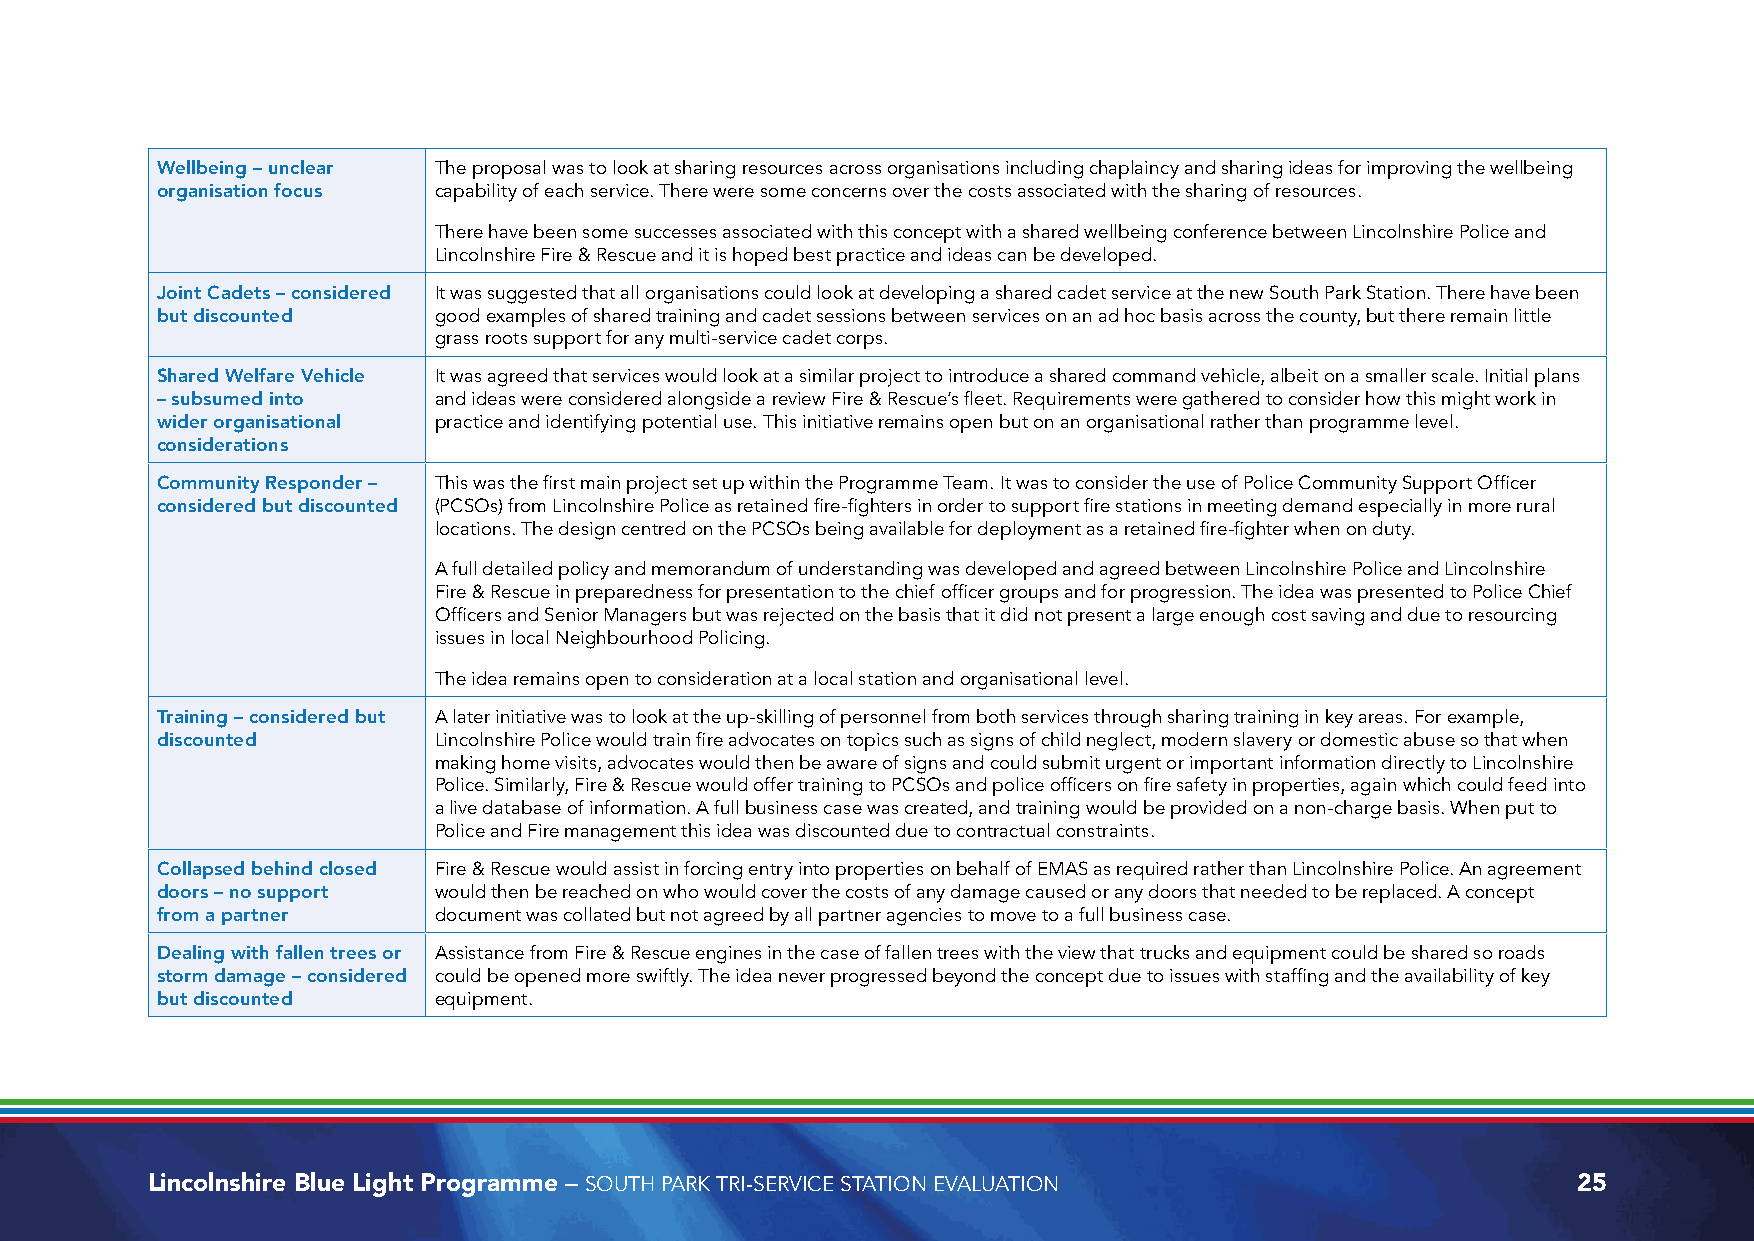
Wellbeing – unclear The proposal was to look at sharing resources across organisations including chaplaincy and sharing ideas for improving the wellbeing
 organisation focus capability of each service. There were some concerns over the costs associated with the sharing of resources.
 There have been some successes associated with this concept with a shared wellbeing conference between Lincolnshire Police and
 Lincolnshire Fire & Rescue and it is hoped best practice and ideas can be developed.
 Joint Cadets – considered It was suggested that all organisations could look at developing a shared cadet service at the new South Park Station. There have been
 but discounted     good examples of shared training and cadet sessions between services on an ad hoc basis across the county, but there remain little
 grass roots support for any multi-service cadet corps.
 Shared Welfare Vehicle It was agreed that services would look at a similar project to introduce a shared command vehicle, albeit on a smaller scale. Initial plans
 – subsumed into    and ideas were considered alongside a review Fire & Rescue’s fleet. Requirements were gathered to consider how this might work in
 wider organisational practice and identifying potential use. This initiative remains open but on an organisational rather than programme level.
 considerations
 Community Responder – This was the first main project set up within the Programme Team. It was to consider the use of Police Community Support Officer
 considered but discounted (PCSOs) from Lincolnshire Police as retained fire-fighters in order to support fire stations in meeting demand especially in more rural
 locations. The design centred on the PCSOs being available for deployment as a retained fire-fighter when on duty.
 A full detailed policy and memorandum of understanding was developed and agreed between Lincolnshire Police and Lincolnshire
 Fire & Rescue in preparedness for presentation to the chief officer groups and for progression. The idea was presented to Police Chief
 Officers and Senior Managers but was rejected on the basis that it did not present a large enough cost saving and due to resourcing
 issues in local Neighbourhood Policing.
 The idea remains open to consideration at a local station and organisational level.
 Training – considered but A later initiative was to look at the up-skilling of personnel from both services through sharing training in key areas. For example,
 discounted         Lincolnshire Police would train fire advocates on topics such as signs of child neglect, modern slavery or domestic abuse so that when
 making home visits, advocates would then be aware of signs and could submit urgent or important information directly to Lincolnshire
 Police. Similarly, Fire & Rescue would offer training to PCSOs and police officers on fire safety in properties, again which could feed into
 a live database of information. A full business case was created, and training would be provided on a non-charge basis. When put to
 Police and Fire management this idea was discounted due to contractual constraints.
 Collapsed behind closed Fire & Rescue would assist in forcing entry into properties on behalf of EMAS as required rather than Lincolnshire Police. An agreement
 doors – no support would then be reached on who would cover the costs of any damage caused or any doors that needed to be replaced. A concept
 from a partner     document was collated but not agreed by all partner agencies to move to a full business case.
 Dealing with fallen trees or Assistance from Fire & Rescue engines in the case of fallen trees with the view that trucks and equipment could be shared so roads
 storm damage – considered could be opened more swiftly. The idea never progressed beyond the concept due to issues with staffing and the availability of key
 but discounted     equipment.
 Lincolnshire Blue Light Programme – SOUTH PARK TRI-SERVICE STATION EVALUATION                 25